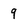
Character: 9